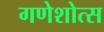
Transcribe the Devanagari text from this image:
गणेशोत्स